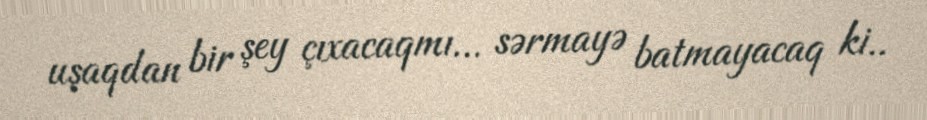
uşaqdan bir şey çıxacaqmı... sərmayə batmayacaq ki..